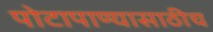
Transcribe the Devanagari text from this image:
पोटापाण्यासाठीच